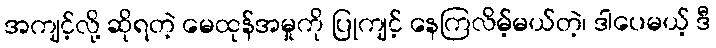
အကျင့်လို့ ဆိုရတဲ့ မေထုန်အမှုကို ပြုကျင့် နေကြလိမ့်မယ်တဲ့၊ ဒါပေမယ့် ဒီ